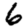
Digit: 6